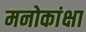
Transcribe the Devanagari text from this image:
मनोकांक्षा